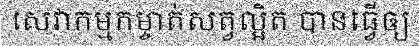
សេវាកម្មកម្ចាត់សត្វល្អិត បានធ្វើឲ្យ